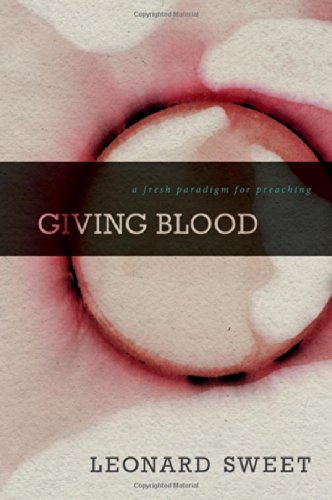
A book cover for Giving Blood: A Fresh Paradigm for Preaching; Leonard Sweet; Christian Books & Bibles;